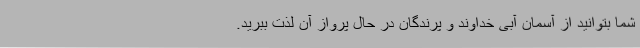
شما بتوانید از آسمان آبی خداوند و پرندگان در حال پرواز آن لذت ببرید.